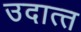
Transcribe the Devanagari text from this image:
उदात्‍त